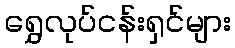
ရွှေလုပ်ငန်းရှင်များ